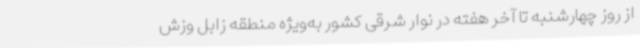
از روز چهارشنبه تا آخر هفته در نوار شرقی کشور به‌ویژه منطقه زابل وزش